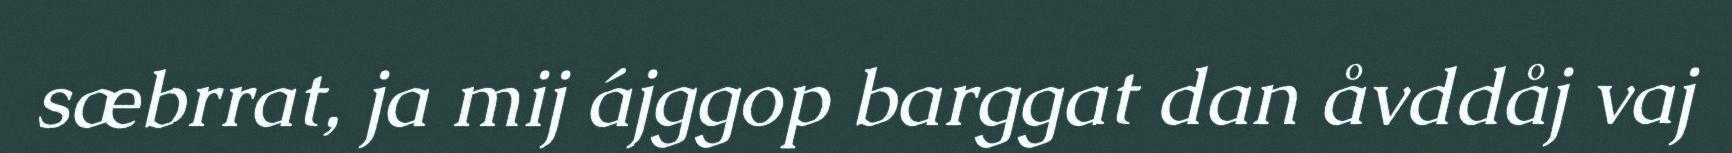
sæbrrat, ja mij ájggop barggat dan åvddåj vaj